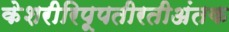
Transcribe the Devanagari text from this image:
केशरीरिपूपतीरतीअंतक